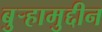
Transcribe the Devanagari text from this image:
बुऱ्हामुद्दीन